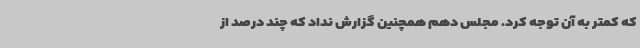
که کمتر به آن توجه کرد. مجلس دهم همچنین گزارش نداد که چند درصد از